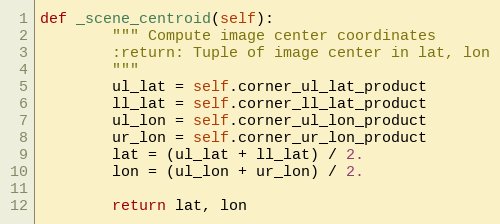
Language: Python
def _scene_centroid(self):
        """ Compute image center coordinates
        :return: Tuple of image center in lat, lon
        """
        ul_lat = self.corner_ul_lat_product
        ll_lat = self.corner_ll_lat_product
        ul_lon = self.corner_ul_lon_product
        ur_lon = self.corner_ur_lon_product
        lat = (ul_lat + ll_lat) / 2.
        lon = (ul_lon + ur_lon) / 2.

        return lat, lon